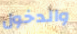
والدخول